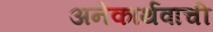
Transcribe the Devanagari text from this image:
अनेकार्थवाची